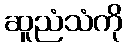
ဆူညံသံကို